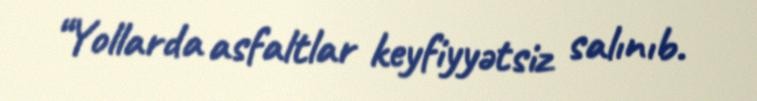
“Yollarda asfaltlar keyfiyyətsiz salınıb.